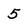
Character: 5